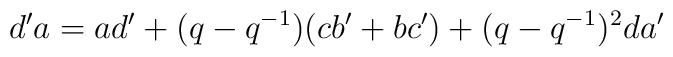
d'a=ad'+(q-q^{-1})(cb'+bc')+(q-q^{-1})^2 da'